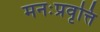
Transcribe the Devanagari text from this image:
मनःप्रवृत्ति